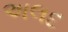
અલદ